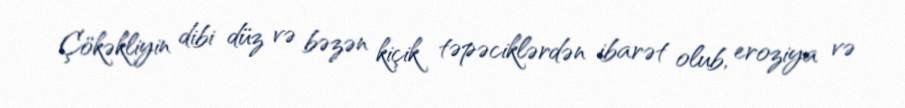
Çökəkliyin dibi düz və bəzən kiçik təpəciklərdən ibarət olub, eroziya və